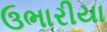
ઉભારીયા